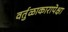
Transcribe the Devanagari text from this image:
वर्तुळाकारापेक्षा